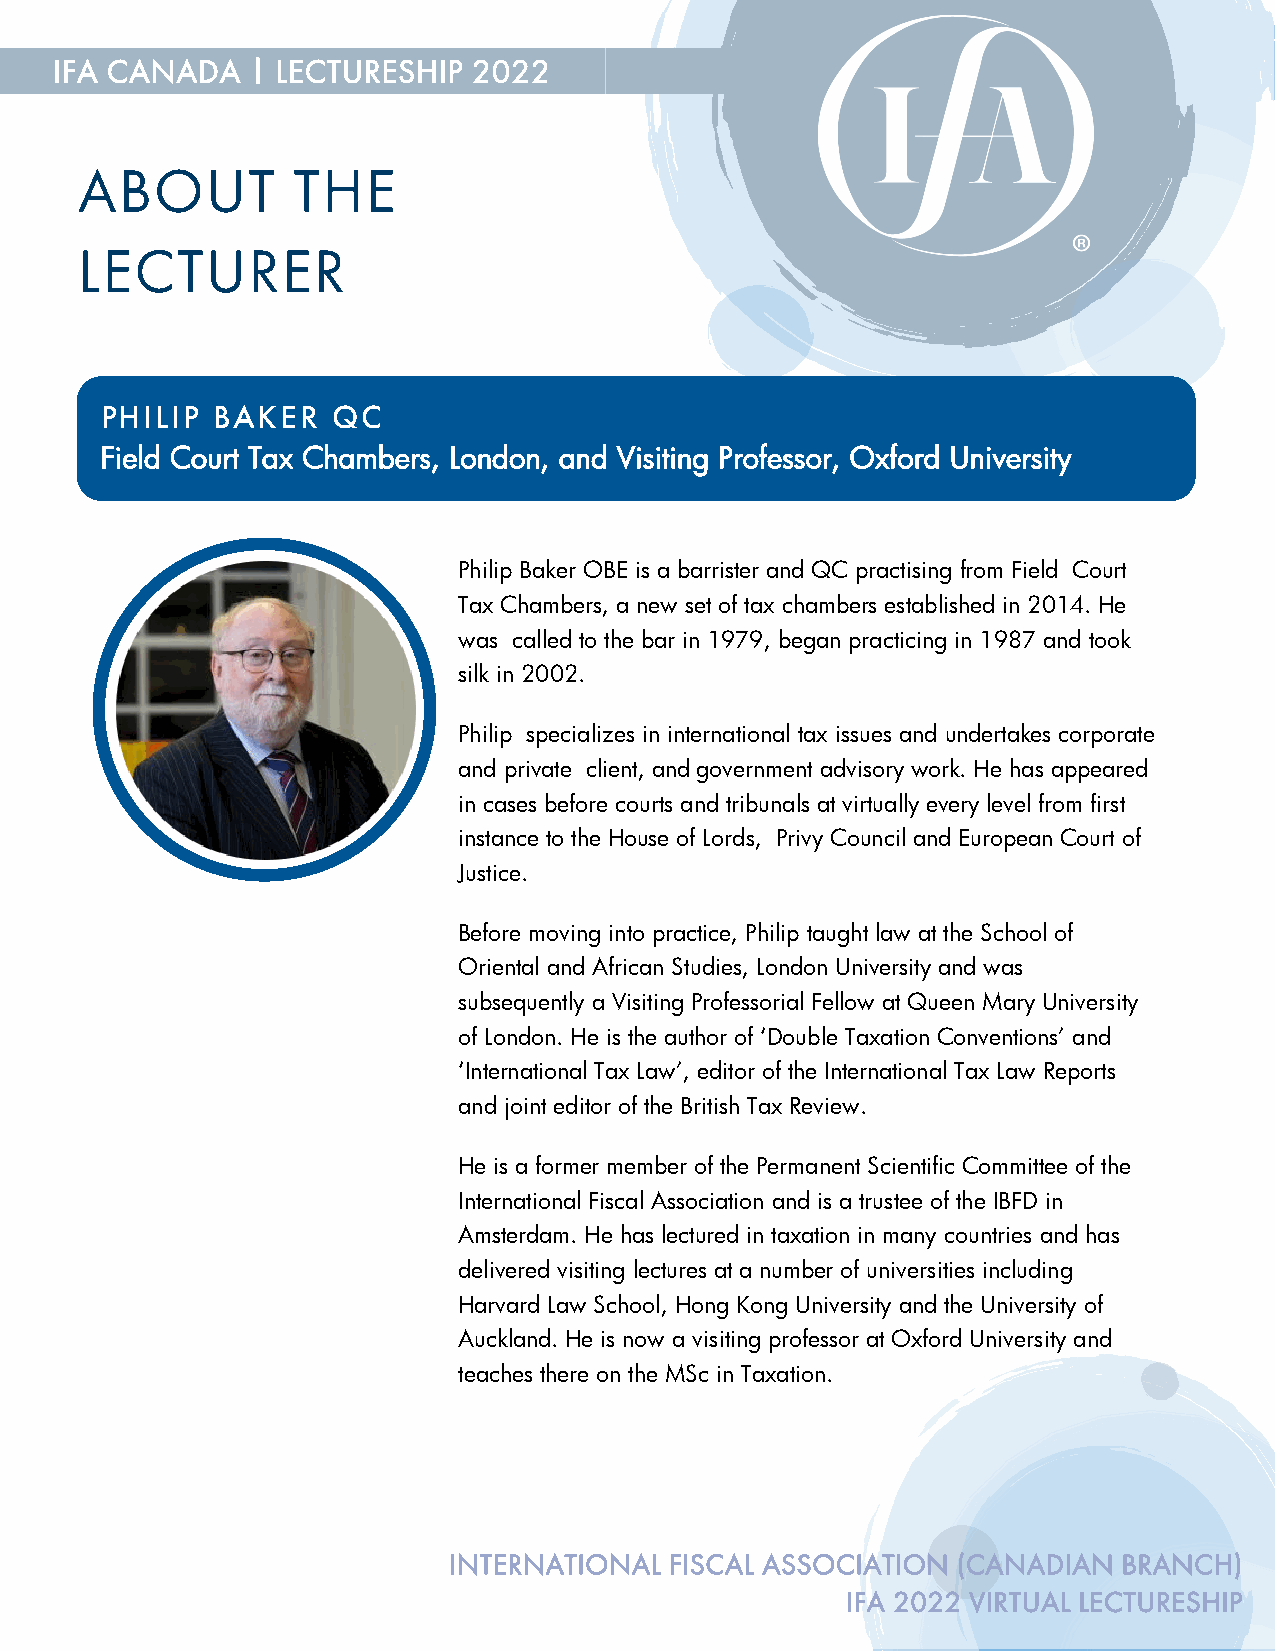
IFA CANADA   | LE CTURESHIP 2022
 AB   OUT      THE
 LECTURER
 PHILIP BAKER   QC
 Field Court Tax Chambers, London, and Visiting Professor, Oxford University
 Philip Baker OBE is a barrister and QC practising from Field Court
 Tax Chambers, a new set of tax chambers established in 2014. He
 was called to the bar in 1979, began practicing in 1987 and took
 silk in 2002.
 Philip specializes in international tax issues and undertakes corporate
 and private client, and government advisory work. He has appeared
 in cases before courts and tribunals at virtually every level from first
 instance to the House of Lords, Privy Council and European Court of
 Justice.
 Before moving into practice, Philip taught law at the School of
 Oriental and African Studies, London University and was
 subsequently a Visiting Professorial Fellow at Queen Mary University
 of London. He is the author of ‘Double Taxation Conventions’ and
 ‘International Tax Law’, editor of the International Tax Law Reports
 and joint editor of the British Tax Review.
 He is a former member of the Permanent Scientific Committee of the
 International Fiscal Association and is a trustee of the IBFD in
 Amsterdam. He has lectured in taxation in many countries and has
 delivered visiting lectures at a number of universities including
 Harvard Law School, Hong Kong University and the University of
 Auckland. He is now a visiting professor at Oxford University and
 teaches there on the MSc in Taxation.
 INTERNATIONAL FISCAL ASSOCIATION (CANADIAN  BRANCH)
 IFA 2022 VIRTUAL LECTURESHIP